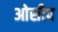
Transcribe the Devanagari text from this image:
ओसीप